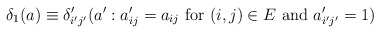
\begin{align*}\delta_{1}(a)\equiv\delta_{i'j'}'(a':a'_{ij}=a_{ij}\mbox{ for \ensuremath{(i,j)\in E} and }a'_{i'j'}=1)\end{align*}